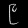
Digit: ၉